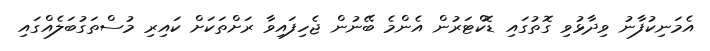
އެމަނިކުފާނު ވިދާޅުވިި ގޮތުގައި ޑޮކްޓަރުން އެންމެ ބޭނުން ޖެހިފައިވާ ރަށްތަކަށް ކައިރި މުސްތަގުބަލެއްގައި